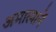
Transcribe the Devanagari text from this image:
अमात्यानें